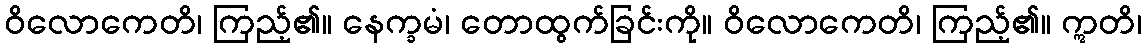
ဝိလောကေတိ၊ ကြည့်၏။ နေက္ခမံ၊ တောထွက်ခြင်းကို။ ဝိလောကေတိ၊ ကြည့်၏။ ဣတိ၊